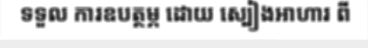
ទទួល ការឧបត្ថម្ភ ដោយ ស្បៀងអាហារ ពី